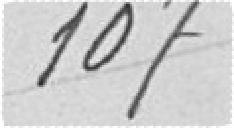
107